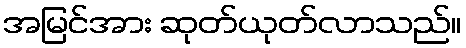
အမြင်အား ဆုတ်ယုတ်လာသည်။